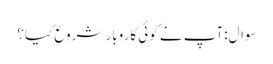
سوال:آپ نے کوئی کاروبار شروع کیا؟